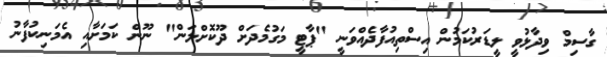
ގާސިމް ވިދާޅުވީ ލީޑަރުކަމުން އިސްތިއުފާދެއްވަނީ "ޕާޓީ މަގުމެދަށް ދޫކޮށްލަން" ނޫން ކަމަށާއި އެމަނިކުފާނު